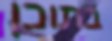
בתוכן